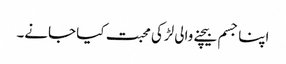
اپنا جسم بیچنے والی لڑکی محبت کیا جانے۔